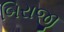
બિરાજી